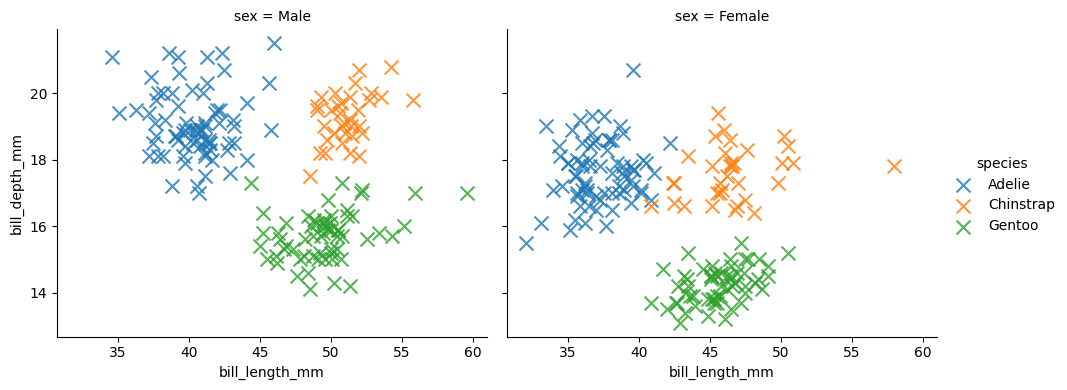
python, seaborn, lmplot, aspect=1.2, order=2, markers='x'